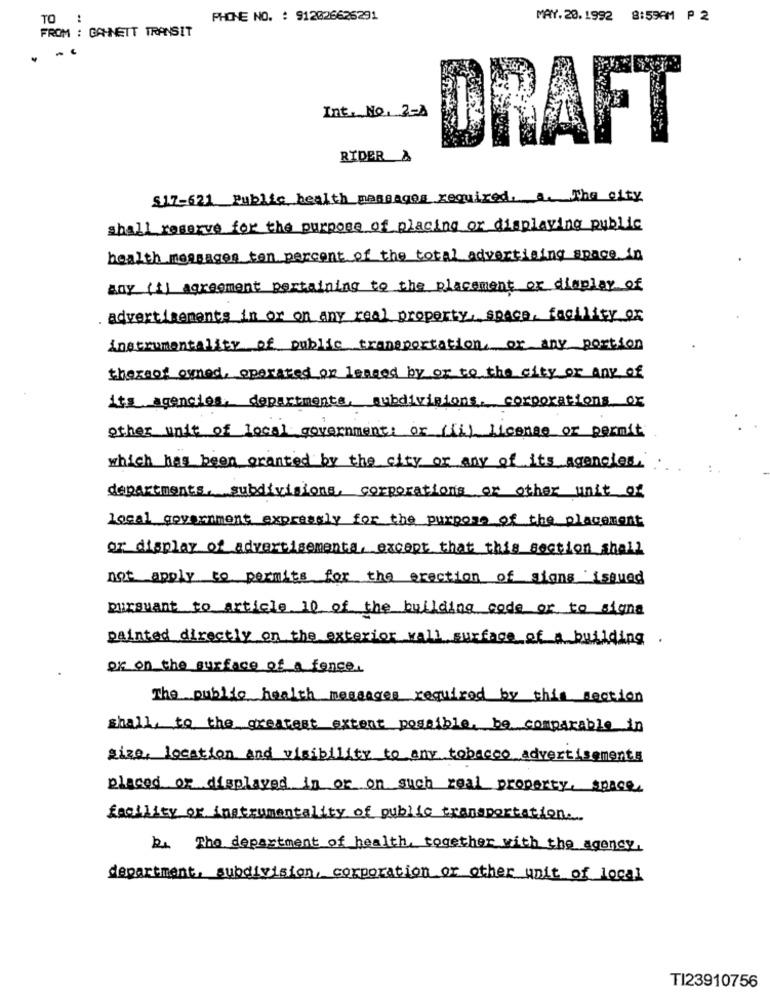
TO :
PHONE NO. : 912026626291
MAY.20.1992 8:59AM P 2
FROM : GAHNETT TRANSIT
Int. No. 2-A
DRAFT
RIDER &
517-621 Public health passages required. a. The city
shall reserve for the purpose of placing or displaying public
health messages ten percent of the total advertising space in
day (f) agreement pertaining to the placement or display of
advertisements in or on any real property, space, facility or
instrumentality of public transportation, or any portion
thereof owned, operated or leaged by or to the city or any of
it's agencies, departments, subdivisions, corporations or
other unit of local government; or (ii) license or permit
which has been granted by the city or any of its agencies.
departments, subdivisions, corporations or other unit of
local government expressly for the purpose of the placement
or display of advertisements, except that this section shall
not apply to permits for the erection of signs issued
pursuant to article 10 of the building code or to signa
painted directly on the exterior wall surface of a building.
or on the surface of a fence.
The public health messages required by this section
shall, to the greatest extent possible, be comparable in
size, location and visibility to any tobacco advertisements
placed or displayed in or on such real property, space.
facility or instrumentality of public transportation ...
be The department of health, together with the agency,
department, subdivision, corporation or other unit of local
TI23910756